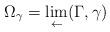
LaTeX: \begin{align*} \Omega_\gamma = \lim_{\leftarrow}(\Gamma,\gamma) \end{align*}